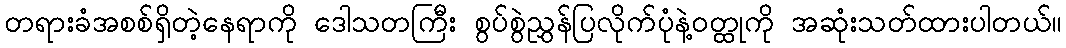
တရားခံအစစ်ရှိတဲ့နေရာကို ဒေါသတကြီး စွပ်စွဲညွှန်ပြလိုက်ပုံနဲ့ဝတ္ထုကို အဆုံးသတ်ထားပါတယ်။